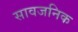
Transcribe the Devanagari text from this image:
सावजनिक